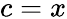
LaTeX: c=x